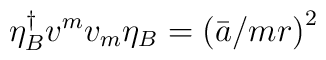
\eta _{B}^{\dagger }v^{m}v_{m}\eta _{B}=\left( \bar{a}/mr\right) ^{2}